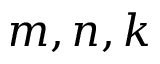
m , n , k